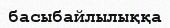
басыбайлылыққа